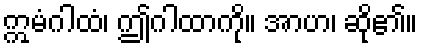
ဣမံဂါထံ၊ ဤဂါထာကို။ အာဟ၊ ဆို၏။